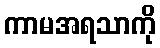
ကာမအရသာကို